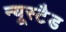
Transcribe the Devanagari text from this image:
न्यूस्टैड